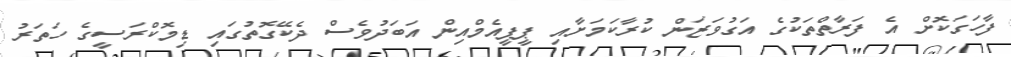
ފާހަގަކޮށް އެ ފަރާތްތަކުގެ އަގުވަޒަން ކުރާކަމަށާއި ޕީޕީއެމްއިން އަބަދުވެސް ދެކޭގޮތުގައި ޑިމޮކްރަސީގެ ހަތަރު